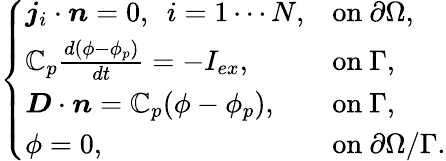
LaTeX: \left\{ \begin{array}{ll}{\boldsymbol{j}_{i}\cdot\boldsymbol{n}=0,~~i=1\cdots N,}&{\mathrm{on~}\partial\Omega,}\\ {\mathbb{C}_{p}\frac{d(\phi-\phi_{p})}{dt}=-I_{ex},}&{\mathrm{on~}\Gamma,}\\ {\boldsymbol{D}\cdot\boldsymbol{n}=\mathbb{C}_{p}(\phi-\phi_{p}),}&{\mathrm{on~}\Gamma,}\\ {\phi=0,}&{\mathrm{on~}\partial\Omega/\Gamma.}\end{array}\right.